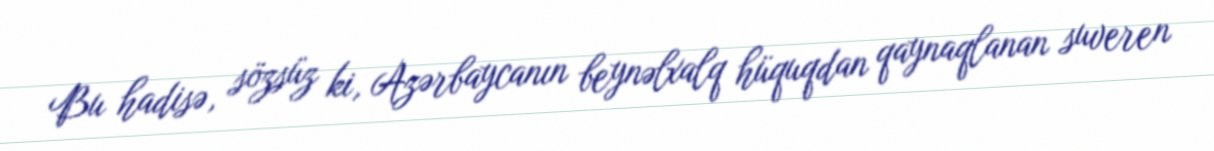
Bu hadisə, sözsüz ki, Azərbaycanın beynəlxalq hüquqdan qaynaqlanan suveren